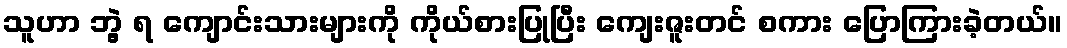
သူဟာ ဘွဲ့ ရ ကျောင်းသားများကို ကိုယ်စားပြုပြီး ကျေးဇူးတင် စကား ပြောကြားခဲ့တယ်။